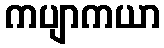
ကပျာကယာ